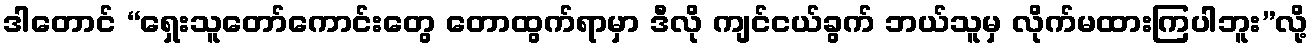
ဒါတောင် “ရှေးသူတော်ကောင်းတွေ တောထွက်ရာမှာ ဒီလို ကျင်ငယ်ခွက် ဘယ်သူမှ လိုက်မထားကြပါဘူး”လို့